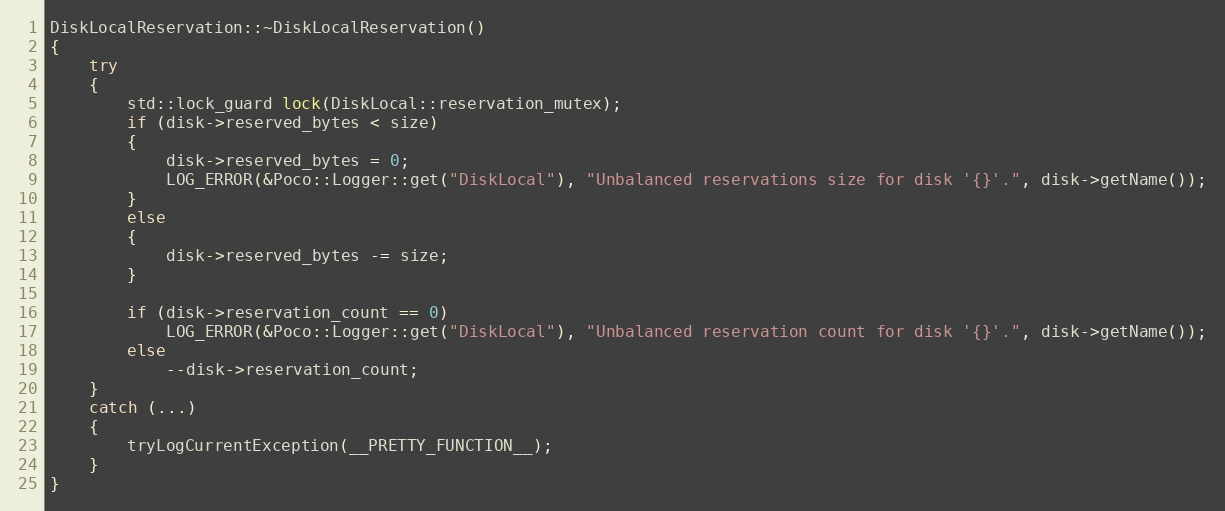
Language: C++
DiskLocalReservation::~DiskLocalReservation()
{
    try
    {
        std::lock_guard lock(DiskLocal::reservation_mutex);
        if (disk->reserved_bytes < size)
        {
            disk->reserved_bytes = 0;
            LOG_ERROR(&Poco::Logger::get("DiskLocal"), "Unbalanced reservations size for disk '{}'.", disk->getName());
        }
        else
        {
            disk->reserved_bytes -= size;
        }

        if (disk->reservation_count == 0)
            LOG_ERROR(&Poco::Logger::get("DiskLocal"), "Unbalanced reservation count for disk '{}'.", disk->getName());
        else
            --disk->reservation_count;
    }
    catch (...)
    {
        tryLogCurrentException(__PRETTY_FUNCTION__);
    }
}